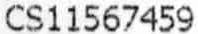
CS11567459